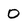
Character: 0